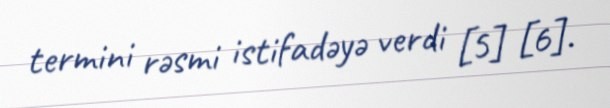
termini rəsmi istifadəyə verdi [5] [6].